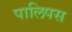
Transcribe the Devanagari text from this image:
पालिपस